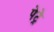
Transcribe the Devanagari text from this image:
पेट्रे